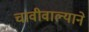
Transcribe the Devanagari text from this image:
चावीवाल्याने